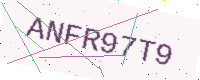
Text: ANFR97T9